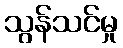
သွန်သင်မှု